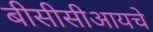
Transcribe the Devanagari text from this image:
बीसीसीआयचे